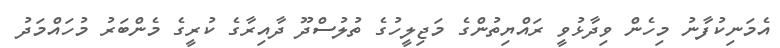
އެމަނިކުފާނު މިހެން ވިދާޅުވީ ރައްޔިތުންގެ މަޖިލީހުގެ ތުލުސްދޫ ދާއިރާގެ ކުރީގެ މެންބަރު މުހައްމަދު